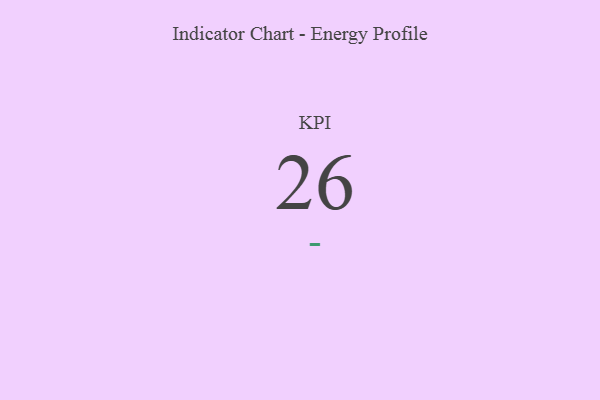
{"axis": {"x": "KPI", "y": "Value"}, "legend": [""], "data": [{"x": "KPI", "y": 26, "type": ""}]}